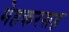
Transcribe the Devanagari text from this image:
मेहकरसह